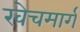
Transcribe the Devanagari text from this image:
खेचमार्ग